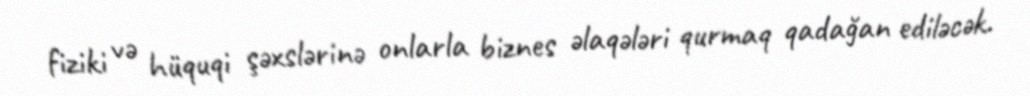
fiziki və hüquqi şəxslərinə onlarla biznes əlaqələri qurmaq qadağan ediləcək.